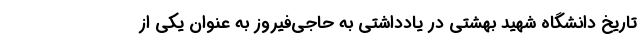
تاریخ دانشگاه شهید بهشتی در یادداشتی به حاجی‌فیروز به عنوان یکی از